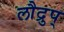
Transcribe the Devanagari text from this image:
लौद्रुप्